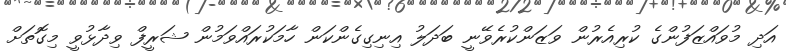
އަދި މުވައްޒަފުންގެ ކުރިއެރުން ވަޒަންކުރެވޭނީ ބަދަލު އިނިގިގެންކަން ހާމަކުރައްވަމުން ޝަރީފް ވިދާޅުވީ މިގޮތަށް